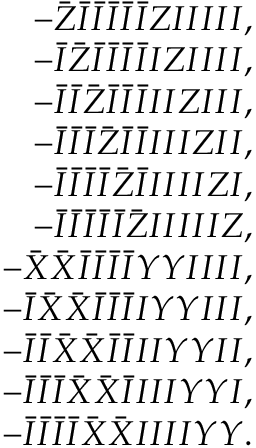
\begin{array} { r l r } & { } & { - \bar { Z } \bar { I } \bar { I } \bar { I } \bar { I } \bar { I } Z I I I I I , } \\ & { } & { - \bar { I } \bar { Z } \bar { I } \bar { I } \bar { I } \bar { I } I Z I I I I , } \\ & { } & { - \bar { I } \bar { I } \bar { Z } \bar { I } \bar { I } \bar { I } I I Z I I I , } \\ & { } & { - \bar { I } \bar { I } \bar { I } \bar { Z } \bar { I } \bar { I } I I I Z I I , } \\ & { } & { - \bar { I } \bar { I } \bar { I } \bar { I } \bar { Z } \bar { I } I I I I Z I , } \\ & { } & { - \bar { I } \bar { I } \bar { I } \bar { I } \bar { I } \bar { Z } I I I I I Z , } \\ & { } & { - \bar { X } \bar { X } \bar { I } \bar { I } \bar { I } \bar { I } Y Y I I I I , } \\ & { } & { - \bar { I } \bar { X } \bar { X } \bar { I } \bar { I } \bar { I } I Y Y I I I , } \\ & { } & { - \bar { I } \bar { I } \bar { X } \bar { X } \bar { I } \bar { I } I I Y Y I I , } \\ & { } & { - \bar { I } \bar { I } \bar { I } \bar { X } \bar { X } \bar { I } I I I Y Y I , } \\ & { } & { - \bar { I } \bar { I } \bar { I } \bar { I } \bar { X } \bar { X } I I I I Y Y . } \end{array}